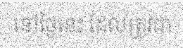
នៅថ្ងៃនេះ ដែលត្រូវជា